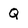
Character: Q